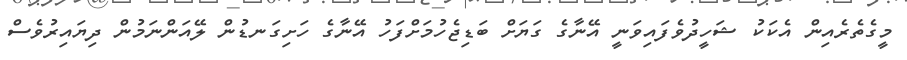
މީގެތެރެއިން އެކަކު ޝަހީދުވެފައިވަނީ އޭނާގެ ގަޔަށް ބަޑިޖެހުމަށްފަހު އޭނާގެ ހަށިގަނޑުން ލޭއަންނަމުން ދިޔައިރުވެސް